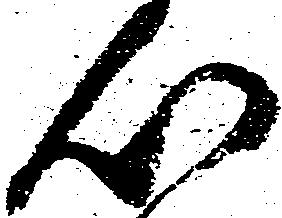
心